Indian journal of veterinary science and animal husbandry - Volume 12,
Year: 1942
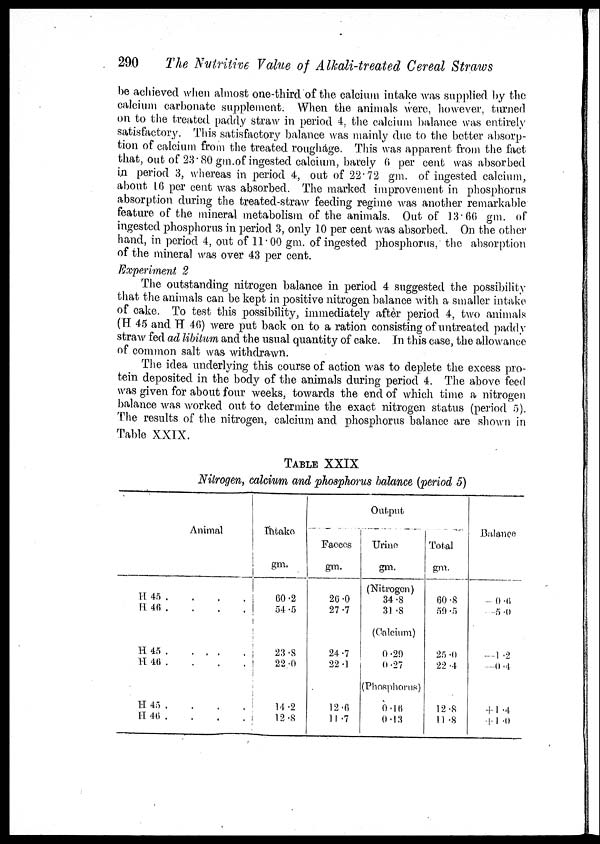
290
The Nutritive Value of Alkali-treated Cereal Straws
be achieved when almost one-third of the calcium intake was supplied by the
calcium carbonate supplement. When the animals were, however, turned
on to the treated paddy straw in period 4, the calcium balance was entirely
satisfactory. This satisfactory balance was mainly due to the better absorp-
tion of calcium from the treated roughage. This was apparent from the fact
that, out of 23.80 gm.of ingested calcium, barely 6 per cent was absorbed
in period 3, whereas in period 4, out of 22.72 gm. of ingested calcium,
about 16 per cent was absorbed. The marked improvement in phosphorus
absorption during the treated-straw feeding regime was another remarkable
feature of the mineral metabolism of the animals. Out of 13.66 gm. of
ingested phosphorus in period 3, only 10 per cent was absorbed. On the other
hand, in period 4, out of 11.00 gm. of ingested phosphorus, the absorption
of the mineral was over 43 per cent.
Experiment 2
The outstanding nitrogen balance in period 4 suggested the possibility
that the animals can be kept in positive nitrogen balance with a smaller intake
of cake. To test this possibility, immediately after period 4, two animals
(H 45 and H 46) were put back on to a ration consisting of untreated paddy
straw fed ad libitum and the usual quantity of cake. In this case, the allowance
of common salt was withdrawn.
The idea underlying this course of action was to deplete the excess pro-
tein deposited in the body of the animals during period 4. The above feed
was given for about four weeks, towards the end of which time a nitrogen
balance was worked out to determine the exact nitrogen status (period 5)
The results of the nitrogen, calcium and phosphorus balance are shown in
Table XXIX.
TABLE XXIX
Nitrogen, calcium and phosphorus balance (period 5)
Animal
H 45 . . . .
H 46 . . . .
H 45
.
.
.
.
H
46
.
.
.
.
H 45
.
.
.
.
H
46
.
.
.
.
Intake
gm.
60.2
54 .5
23.8
22.0
14.2
12.8
Output
Faeces
gm.
26.0
27.7
24.7
22.1
12.6
11.7
Urine
gm.
(Nitrogen)
34.8
31.8
(Calcium)
0.29
0.27
(Phosphorus)
0.16
0.13
Total
gm.
60 .8
59.5
25.0
22.4
12.8
11.8
Balance
—0.6
—5.0
— 1.2
—0.4
+1.4
+1.0